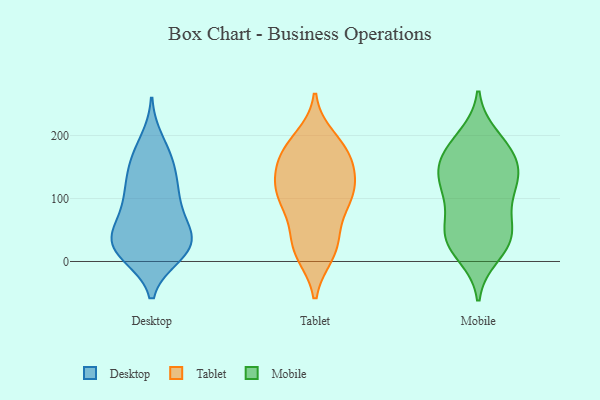
{"axis": {"x": "Churn Rate (%)", "y": "Value"}, "legend": ["Desktop", "Mobile", "Tablet"], "data": [{"x": "", "y": 110, "type": "Desktop"}, {"x": "", "y": 36, "type": "Desktop"}, {"x": "", "y": 101, "type": "Desktop"}, {"x": "", "y": 122, "type": "Desktop"}, {"x": "", "y": 55, "type": "Desktop"}, {"x": "", "y": 22, "type": "Desktop"}, {"x": "", "y": 42, "type": "Desktop"}, {"x": "", "y": 21, "type": "Desktop"}, {"x": "", "y": 14, "type": "Desktop"}, {"x": "", "y": 65, "type": "Desktop"}, {"x": "", "y": 69, "type": "Desktop"}, {"x": "", "y": 111, "type": "Desktop"}, {"x": "", "y": 21, "type": "Desktop"}, {"x": "", "y": 156, "type": "Desktop"}, {"x": "", "y": 155, "type": "Desktop"}, {"x": "", "y": 191, "type": "Desktop"}, {"x": "", "y": 168, "type": "Desktop"}, {"x": "", "y": 11, "type": "Desktop"}, {"x": "", "y": 24, "type": "Desktop"}, {"x": "", "y": 196, "type": "Tablet"}, {"x": "", "y": 175, "type": "Tablet"}, {"x": "", "y": 93, "type": "Tablet"}, {"x": "", "y": 127, "type": "Tablet"}, {"x": "", "y": 29, "type": "Tablet"}, {"x": "", "y": 168, "type": "Tablet"}, {"x": "", "y": 96, "type": "Tablet"}, {"x": "", "y": 185, "type": "Tablet"}, {"x": "", "y": 159, "type": "Tablet"}, {"x": "", "y": 169, "type": "Tablet"}, {"x": "", "y": 104, "type": "Tablet"}, {"x": "", "y": 134, "type": "Tablet"}, {"x": "", "y": 52, "type": "Tablet"}, {"x": "", "y": 129, "type": "Tablet"}, {"x": "", "y": 109, "type": "Tablet"}, {"x": "", "y": 12, "type": "Tablet"}, {"x": "", "y": 12, "type": "Tablet"}, {"x": "", "y": 26, "type": "Tablet"}, {"x": "", "y": 95, "type": "Tablet"}, {"x": "", "y": 30, "type": "Mobile"}, {"x": "", "y": 136, "type": "Mobile"}, {"x": "", "y": 174, "type": "Mobile"}, {"x": "", "y": 178, "type": "Mobile"}, {"x": "", "y": 198, "type": "Mobile"}, {"x": "", "y": 128, "type": "Mobile"}, {"x": "", "y": 92, "type": "Mobile"}, {"x": "", "y": 142, "type": "Mobile"}, {"x": "", "y": 22, "type": "Mobile"}, {"x": "", "y": 58, "type": "Mobile"}, {"x": "", "y": 186, "type": "Mobile"}, {"x": "", "y": 40, "type": "Mobile"}, {"x": "", "y": 111, "type": "Mobile"}, {"x": "", "y": 146, "type": "Mobile"}, {"x": "", "y": 151, "type": "Mobile"}, {"x": "", "y": 51, "type": "Mobile"}, {"x": "", "y": 10, "type": "Mobile"}, {"x": "", "y": 103, "type": "Mobile"}, {"x": "", "y": 41, "type": "Mobile"}]}